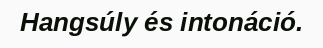
Hangsúly és intonáció.